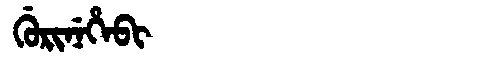
Manchu: ᡤᡠᡵᡳᠨᡝᡥᡝᠪᡳ
Romanization: GURINEHEBI